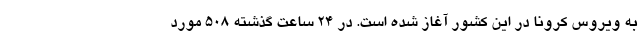
به ویروس کرونا در این کشور آغاز شده است. در ۲۴ ساعت گذشته ۵۰۸ مورد